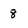
Character: 8